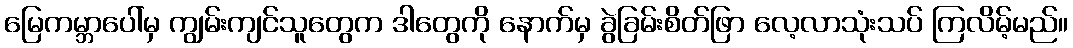
မြေကမ္ဘာပေါ်မှ ကျွမ်းကျင်သူတွေက ဒါတွေကို နောက်မှ ခွဲခြမ်းစိတ်ဖြာ လေ့လာသုံးသပ် ကြလိမ့်မည်။